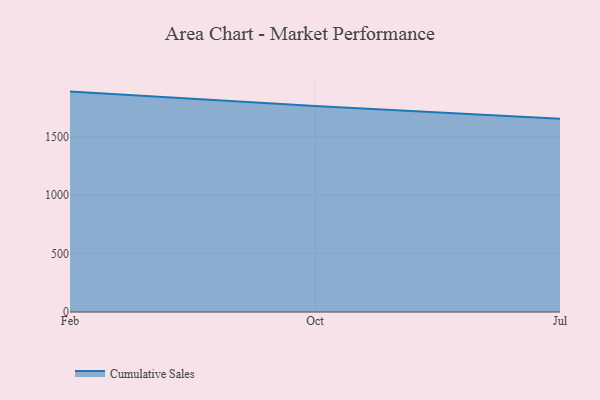
{"axis": {"x": "Month", "y": "Production Output"}, "legend": ["Cumulative Sales"], "data": [{"x": "Feb", "y": 1886.3, "type": "Cumulative Sales"}, {"x": "Oct", "y": 1764.0, "type": "Cumulative Sales"}, {"x": "Jul", "y": 1654.4, "type": "Cumulative Sales"}]}